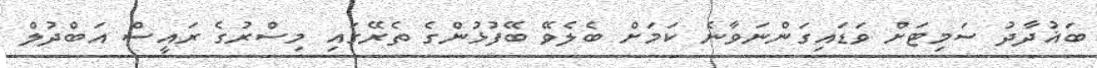
ބަޣުދާދު ސަމިޓަށް ވަޑައިގަންނަވާނެ ކަަމަށް ބެލެވޭ ބޭފުޅުންގެ ތެރޭގައި މިސްރުގެ ރައީސް އަބްދުލް